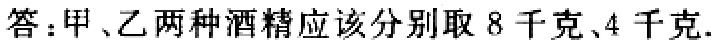
答：甲、乙两种酒精应该分别取 \(8\) 千克、\(4\) 千克.